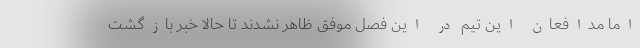
اما مدافعان این تیم در این فصل موفق ظاهر نشدند تا حالا خبر بازگشت